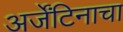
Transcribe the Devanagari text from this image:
अर्जेंटिनाचा